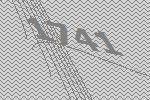
1741